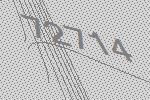
72714